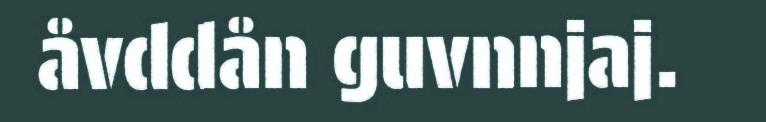
åvddån guvnnjaj.